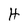
Character: H